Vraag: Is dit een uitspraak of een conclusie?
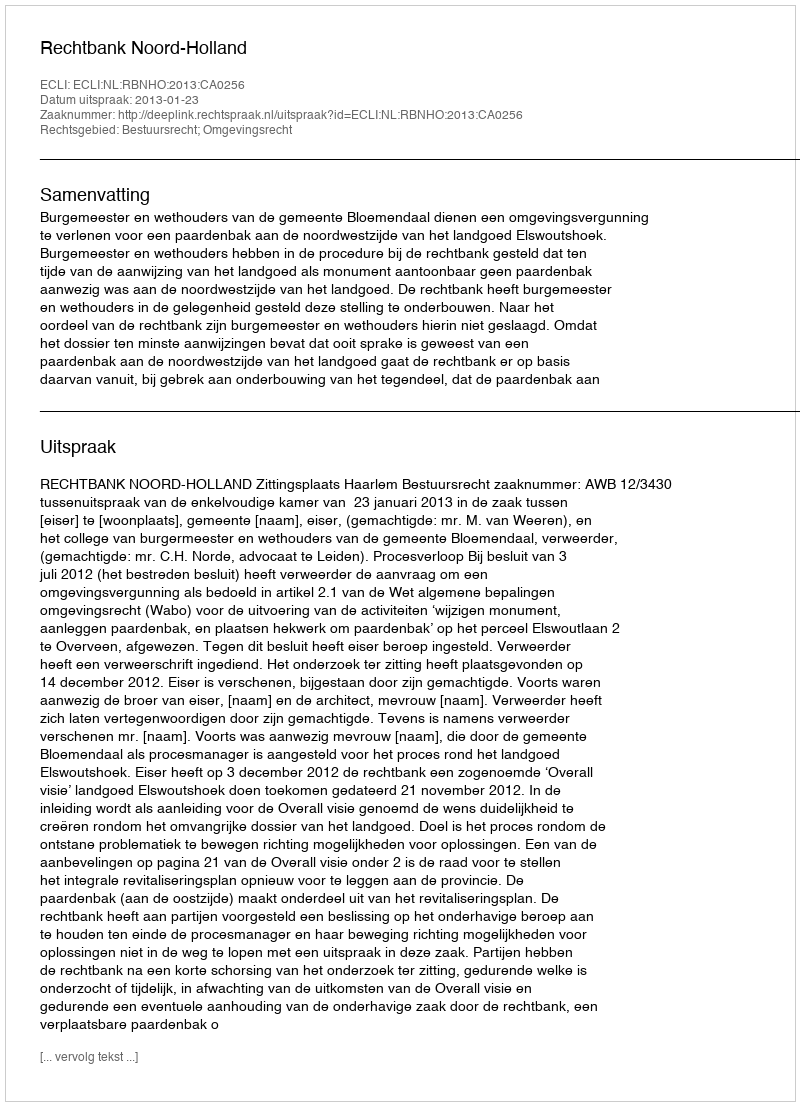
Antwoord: Uitspraak